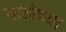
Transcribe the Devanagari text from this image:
नालेच्या